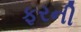
ફરની